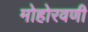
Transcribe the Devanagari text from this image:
मोहोरवणी